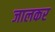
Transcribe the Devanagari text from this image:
जालकर